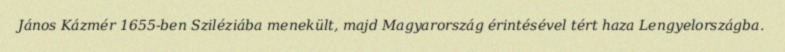
János Kázmér 1655-ben Sziléziába menekült, majd Magyarország érintésével tért haza Lengyelországba.